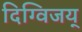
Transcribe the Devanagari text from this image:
दिग्विजय्